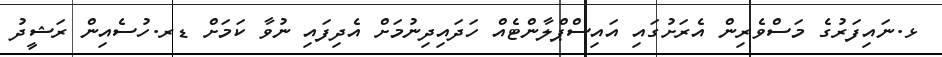
ޅ.ނައިފަރުގެ މަސްވެރިން އެރަށުގައި އައިސްޕްލާންޓެއް ހަދައިދިނުމަށް އެދިފައި ނުވާ ކަމަށް ޑރ.ހުސެއިން ރަޝީދު